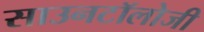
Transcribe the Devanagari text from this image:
साउनटॉलोजी